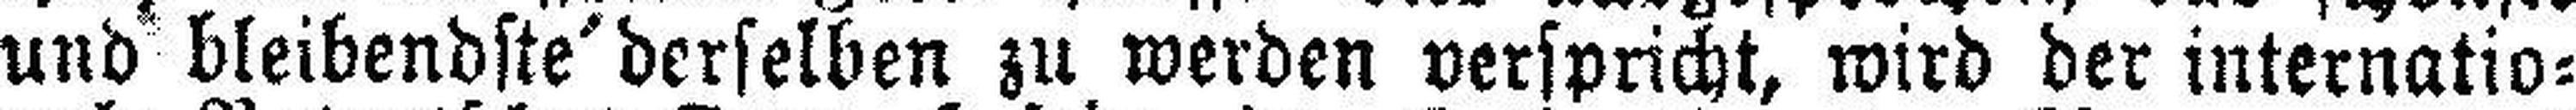
und bleibendste' derselben zu werden verspricht, wird der internatio¬